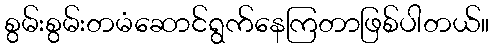
စွမ်းစွမ်းတမံဆောင်ရွက်နေကြတာဖြစ်ပါတယ်။